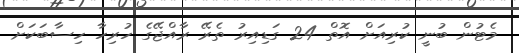
މެޓުން ބުނީ ކުރިއަށް އޮތް 24 ގަޑިއިރު ތެރޭ ރާއްޖޭގެ ހުރިހާ ހިސާބަކަށް